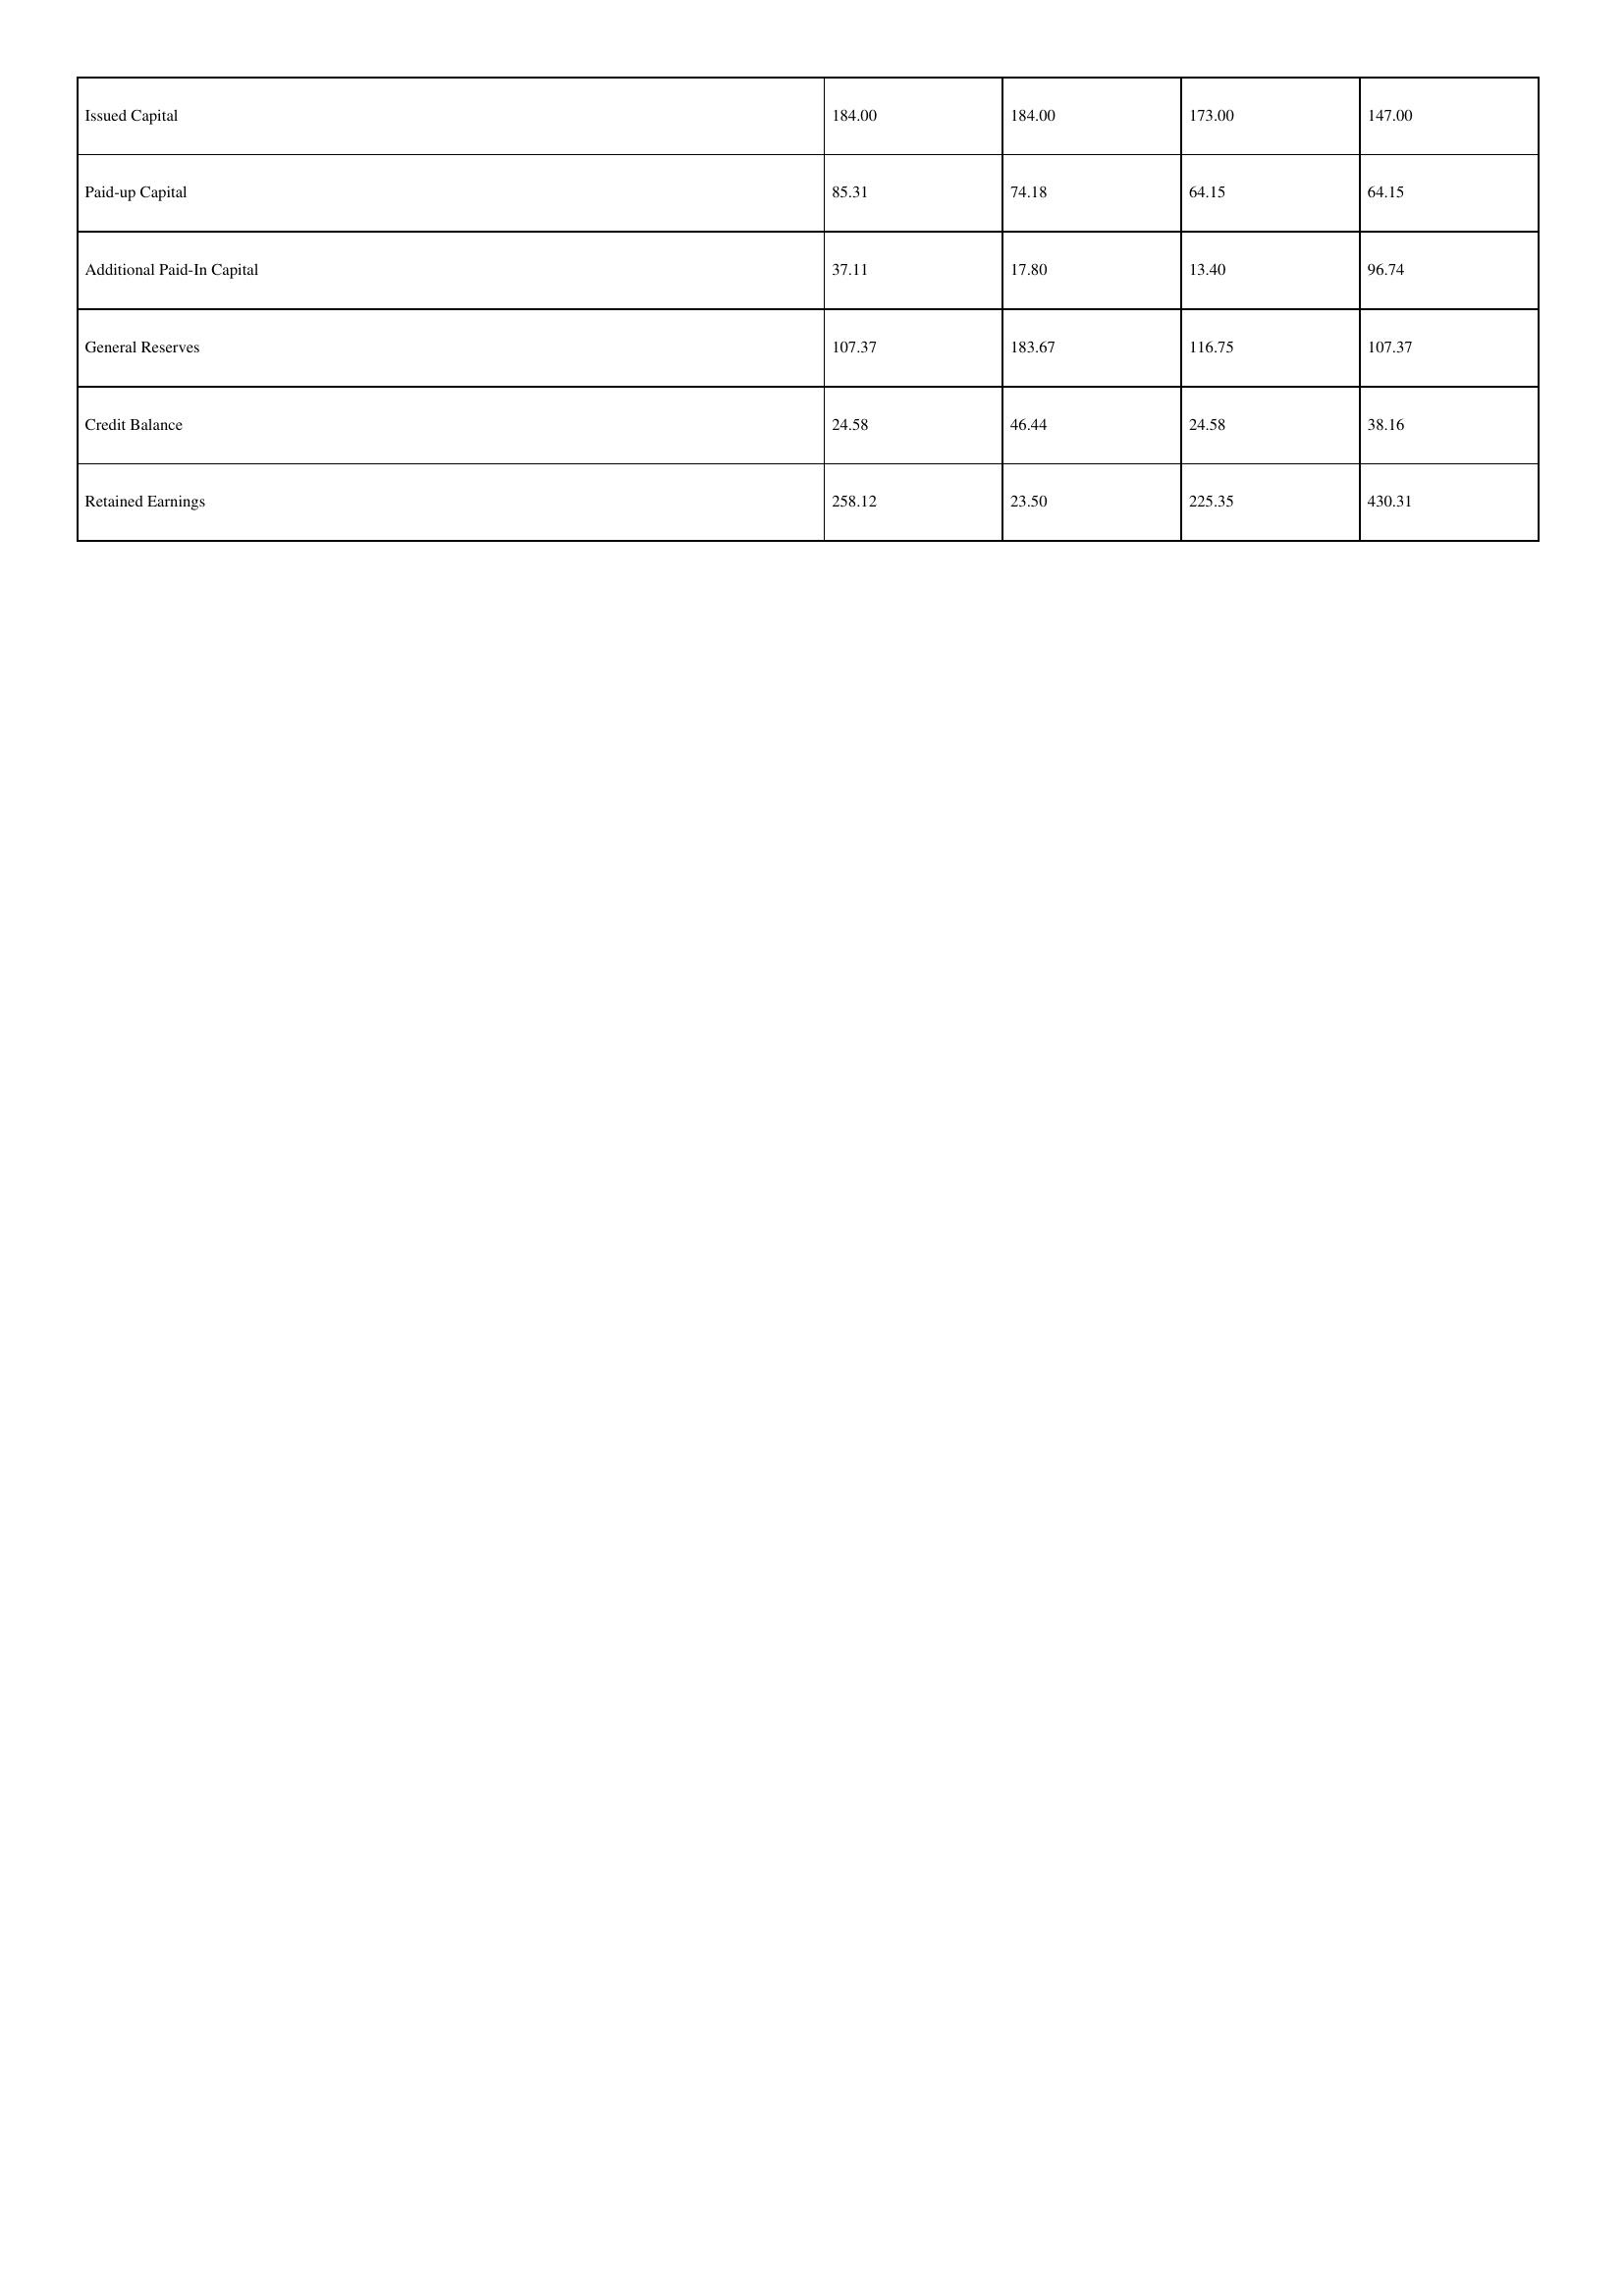
gt_parse: 2008: Issued Capital: 184.00
Paid-up Capital: 85.31
Additional Paid-In Capital: 37.11
General Reserves: 107.37
Credit Balance: 24.58
Retained Earnings: 258.12
2007: Issued Capital: 184.00
Paid-up Capital: 74.18
Additional Paid-In Capital: 17.80
General Reserves: 183.67
Credit Balance: 46.44
Retained Earnings: 23.50
2006: Issued Capital: 173.00
Paid-up Capital: 64.15
Additional Paid-In Capital: 13.40
General Reserves: 116.75
Credit Balance: 24.58
Retained Earnings: 225.35
2005: Issued Capital: 147.00
Paid-up Capital: 64.15
Additional Paid-In Capital: 96.74
General Reserves: 107.37
Credit Balance: 38.16
Retained Earnings: 430.31